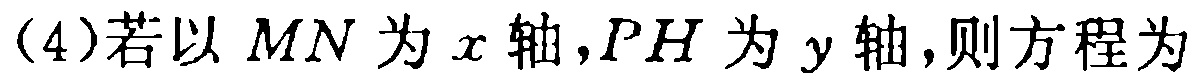
(4)若以 \(MN\) 为 \(x\) 轴,\(PH\) 为 \(y\) 轴,则方程为